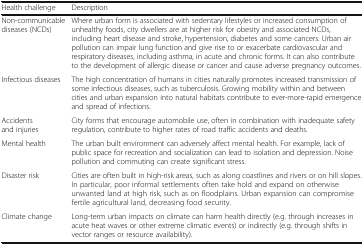
<table><thead><tr><td><b>Health challenge</b></td><td><b>Description</b></td></tr></thead><tbody><tr><td>Non-communicable diseases (NCDs)</td><td>Where urban form is associated with sedentary lifestyles or increased consumption of unhealthy foods, city dwellers are at higher risk for obesity and associated NCDs, including heart disease and stroke, hypertension, diabetes and some cancers. Urban air pollution can impair lung function and give rise to or exacerbate cardiovascular and respiratory diseases, including asthma, in acute and chronic forms. It can also contribute to the development of allergic disease or cancer and cause adverse pregnancy outcomes.</td></tr><tr><td>Infectious diseases</td><td>The high concentration of humans in cities naturally promotes increased transmission of some infectious diseases, such as tuberculosis. Growing mobility within and between cities and urban expansion into natural habitats contribute to ever-more-rapid emergence and spread of infections.</td></tr><tr><td>Accidents and injuries</td><td>City forms that encourage automobile use, often in combination with inadequate safety regulation, contribute to higher rates of road traffic accidents and deaths.</td></tr><tr><td>Mental health</td><td>The urban built environment can adversely affect mental health. For example, lack of public space for recreation and socialization can lead to isolation and depression. Noise pollution and commuting can create significant stress.</td></tr><tr><td>Disaster risk</td><td>Cities are often built in high-risk areas, such as along coastlines and rivers or on hill slopes. In particular, poor informal settlements often take hold and expand on otherwise unwanted land at high risk, such as on floodplains. Urban expansion can compromise fertile agricultural land, decreasing food security.</td></tr><tr><td>Climate change</td><td>Long-term urban impacts on climate can harm health directly (e.g. through increases in acute heat waves or other extreme climatic events) or indirectly (e.g. through shifts in vector ranges or resource availability).</td></tr></tbody></table>